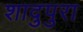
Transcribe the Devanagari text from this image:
शादुपुरा